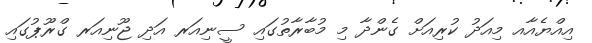
އިއްޔެއާއ މިއަދު ކުރިއަށް ގެންދާ މި މުބާރާތުގައި ސީނިއަރ އަދި ޖޫނިއަރ ގްރޫޕުގައި